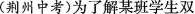
(荆州中考)为了解某班学生双